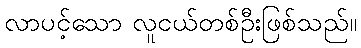
လာပင့်သော လူငယ်တစ်ဦးဖြစ်သည်။